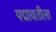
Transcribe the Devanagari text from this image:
पद्मावतीला